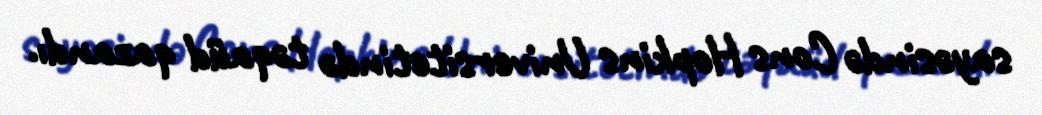
sayəsində Cons Hopkins Universitetində təqaüd qazandı.